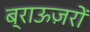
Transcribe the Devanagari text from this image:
ब्राऊज़रों